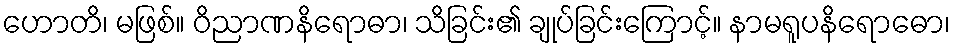
ဟောတိ၊ မဖြစ်။ ဝိညာဏနိရောဓာ၊ သိခြင်း၏ ချုပ်ခြင်းကြောင့်။ နာမရူပနိရောဓော၊